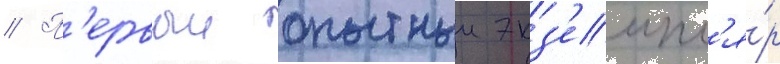
// П'ервыи опытныи экз'емпл'я́р